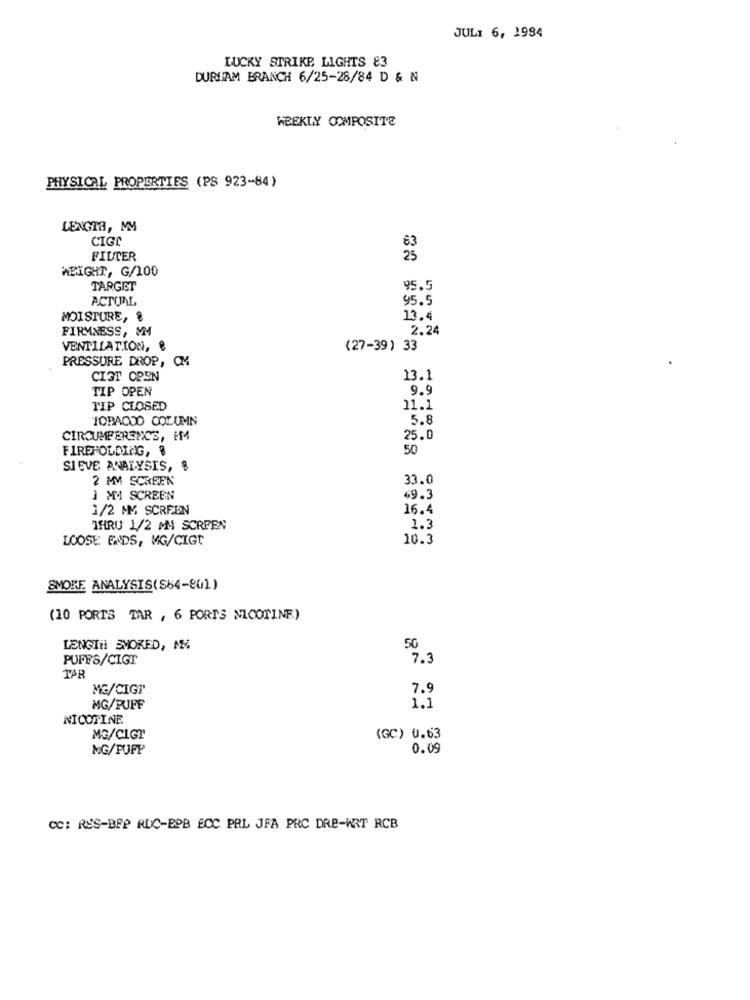
JULI 6, 1994
LUCKY STRIKE LIGHTS 83
DURHAM BRANCH 6/25-28/84 D & N
WEEKLY COMPOSITE
PHYSICAL PROPERTIES (PS 923-84)
LENGTA, MM
CIGI
FILTER
WEIGHT, G/100
TARGET
95.5
ACTUAL
95.5
MOISTURE, %
13.4
FIRMNESS, MM
2.24
VENTILATION, &
(27-39) 33
PRESSURE DROP, CM
CIGT OPEN
13.1
TIP OPEN
9.9
TIP CLOSED
11.1
TOBACOO COLUMN
5.8
CIRCUMFERENCE, FM4
25.0
FIREHOLDING, %
50
SIEVE ANALYSIS, $
2 MM SCREEN
33.0
J MI SCREEN
69.3
1/2 MM SCREEN
16.4
IHRU 1/2 M4 SCREEN
1.3
LOOSE ENDS, MG/CIGT
10.3
SMOKE ANALYSIS(S84-801)
(10 PORTS TAR , 6 PORTS NICOTINE)
50
LENGTH SMOKED, MM
PUFFS/CIGT
7.3
TAR
MG/CIGT
7.9
MG/PUFF
1.1
NICOTINE
MG/CIGT
(GC) 0.63
MG/PUFF
0.09
CC: RES-BEP RUC-BOB ECC PRL JFA PRC DRE-WRT RCB